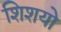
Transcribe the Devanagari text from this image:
शिशयो